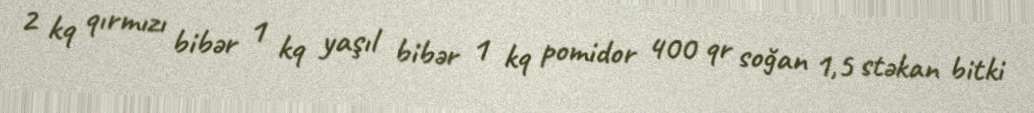
2 kq qırmızı bibər 1 kq yaşıl bibər 1 kq pomidor 400 qr soğan 1,5 stəkan bitki